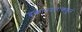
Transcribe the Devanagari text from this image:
दुकानदारांकडून